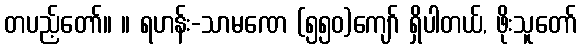
တပည့်တော်။ ။ ရဟန်း-သာမဏေ (၅၅၀)ကျော် ရှိပါတယ်, ဖိုးသူတော်